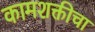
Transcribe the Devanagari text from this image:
कामशक्तीचा